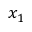
x _ { 1 }